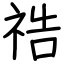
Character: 祰